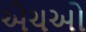
એચઓ